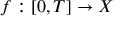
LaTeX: f : [ 0 , T ] \to X